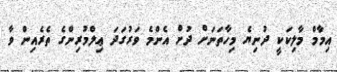
އިމާމް މާލިކަކީ ދުނިޔެ މިހާތަނަށް ދުށް އެންމެ ވަރުގަދަ ޢިލްމުރިންގެ ތެރެއިން ވާ